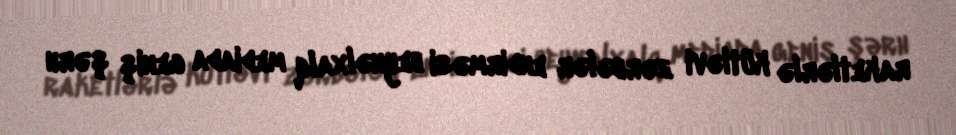
raketlərlə kütləvi zərbələr endirməsi beynəlxalq mediada geniş şərh